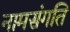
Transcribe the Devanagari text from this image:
नामसंगति